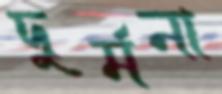
দুর্মনা